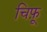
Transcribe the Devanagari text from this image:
चिफ़ू